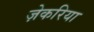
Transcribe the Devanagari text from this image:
ज़ेकरिया